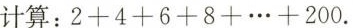
计算：$$2 + 4 + 6 + 8 + … + 2 0 0$$.